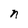
Character: n